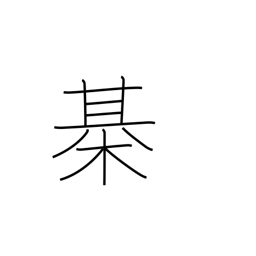
Meaning: Japanese chess